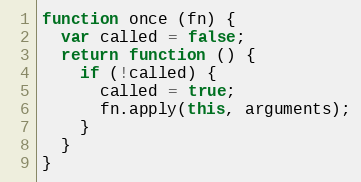
Language: JavaScript
function once (fn) {
  var called = false;
  return function () {
    if (!called) {
      called = true;
      fn.apply(this, arguments);
    }
  }
}